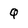
Character: Q